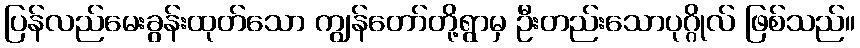
ပြန်လည်မေးခွန်းထုတ်သော ကျွန်တော်တို့ရွာမှ ဦးတည်းသောပုဂ္ဂိုလ် ဖြစ်သည်။